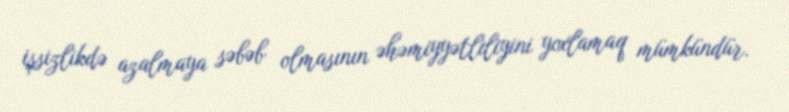
işsizlikdə azalmaya səbəb olmasının əhəmiyyətliliyini yoxlamaq mümkündür.